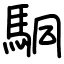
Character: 駧